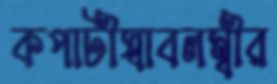
কপাটীস্বাবলম্বীর